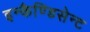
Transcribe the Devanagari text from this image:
इन्कैण्डिसेन्ट